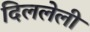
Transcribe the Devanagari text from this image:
दिललेली